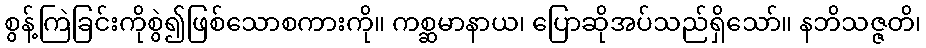
စွန့်ကြဲခြင်းကိုစွဲ၍ဖြစ်သောစကားကို။ ကစ္ဆမာနာယ၊ ပြောဆိုအပ်သည်ရှိသော်။ နဘိသဇ္ဇတိ၊